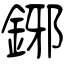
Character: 鋣